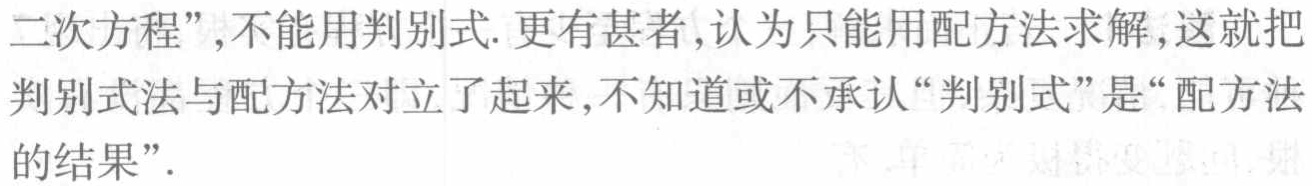
二次方程”,不能用判别式. 更有甚者,认为只能用配方法求解,这就把判别式法与配方法对立了起来,不知道或不承认“判别式”是“配方法的结果”.